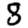
Digit: 8